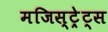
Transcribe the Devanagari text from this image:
मजिस्ट्रेट्स